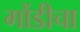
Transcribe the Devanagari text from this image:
गोंडीचा